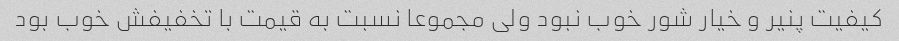
کیفیت پنیر و خیار شور خوب نبود ولی مجموعا نسبت به قیمت با تخفیفش خوب بود